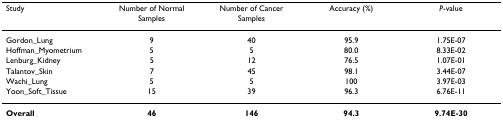
<table><thead><tr><td><b>Study</b></td><td><b>Number of Normal Samples</b></td><td><b>Number of Cancer Samples</b></td><td><b>Accuracy (%)</b></td><td><b><i>P</i>-value</b></td></tr></thead><tbody><tr><td>Gordon_Lung</td><td>9</td><td>40</td><td>95.9</td><td>1.75E-07</td></tr><tr><td>Hoffman_Myometrium</td><td>5</td><td>5</td><td>80.0</td><td>8.33E-02</td></tr><tr><td>Lenburg_Kidney</td><td>5</td><td>12</td><td>76.5</td><td>1.07E-01</td></tr><tr><td>Talantov_Skin</td><td>7</td><td>45</td><td>98.1</td><td>3.44E-07</td></tr><tr><td>Wachi_Lung</td><td>5</td><td>5</td><td>100</td><td>3.97E-03</td></tr><tr><td>Yoon_Soft_Tissue</td><td>15</td><td>39</td><td>96.3</td><td>6.76E-11</td></tr><tr><td><b>Overall</b></td><td><b>46</b></td><td><b>146</b></td><td><b>94.3</b></td><td><b>9.74E-30</b></td></tr></tbody></table>